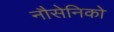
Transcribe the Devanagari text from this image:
नौसेनिको